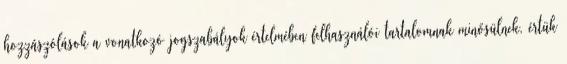
hozzászólások a vonatkozó jogszabályok értelmében felhasználói tartalomnak minősülnek, értük